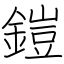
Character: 鎧